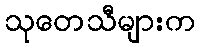
သုတေသီများက